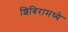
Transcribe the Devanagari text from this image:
शिबिरामध्ये